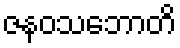
ဇနဝသဘောတိ